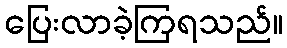
ပြေးလာခဲ့ကြရသည်။